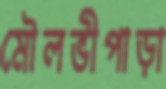
মৌলভীপাড়া